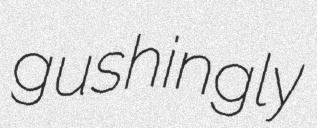
gushingly